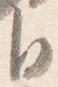
自